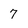
Character: 7